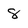
Character: 8